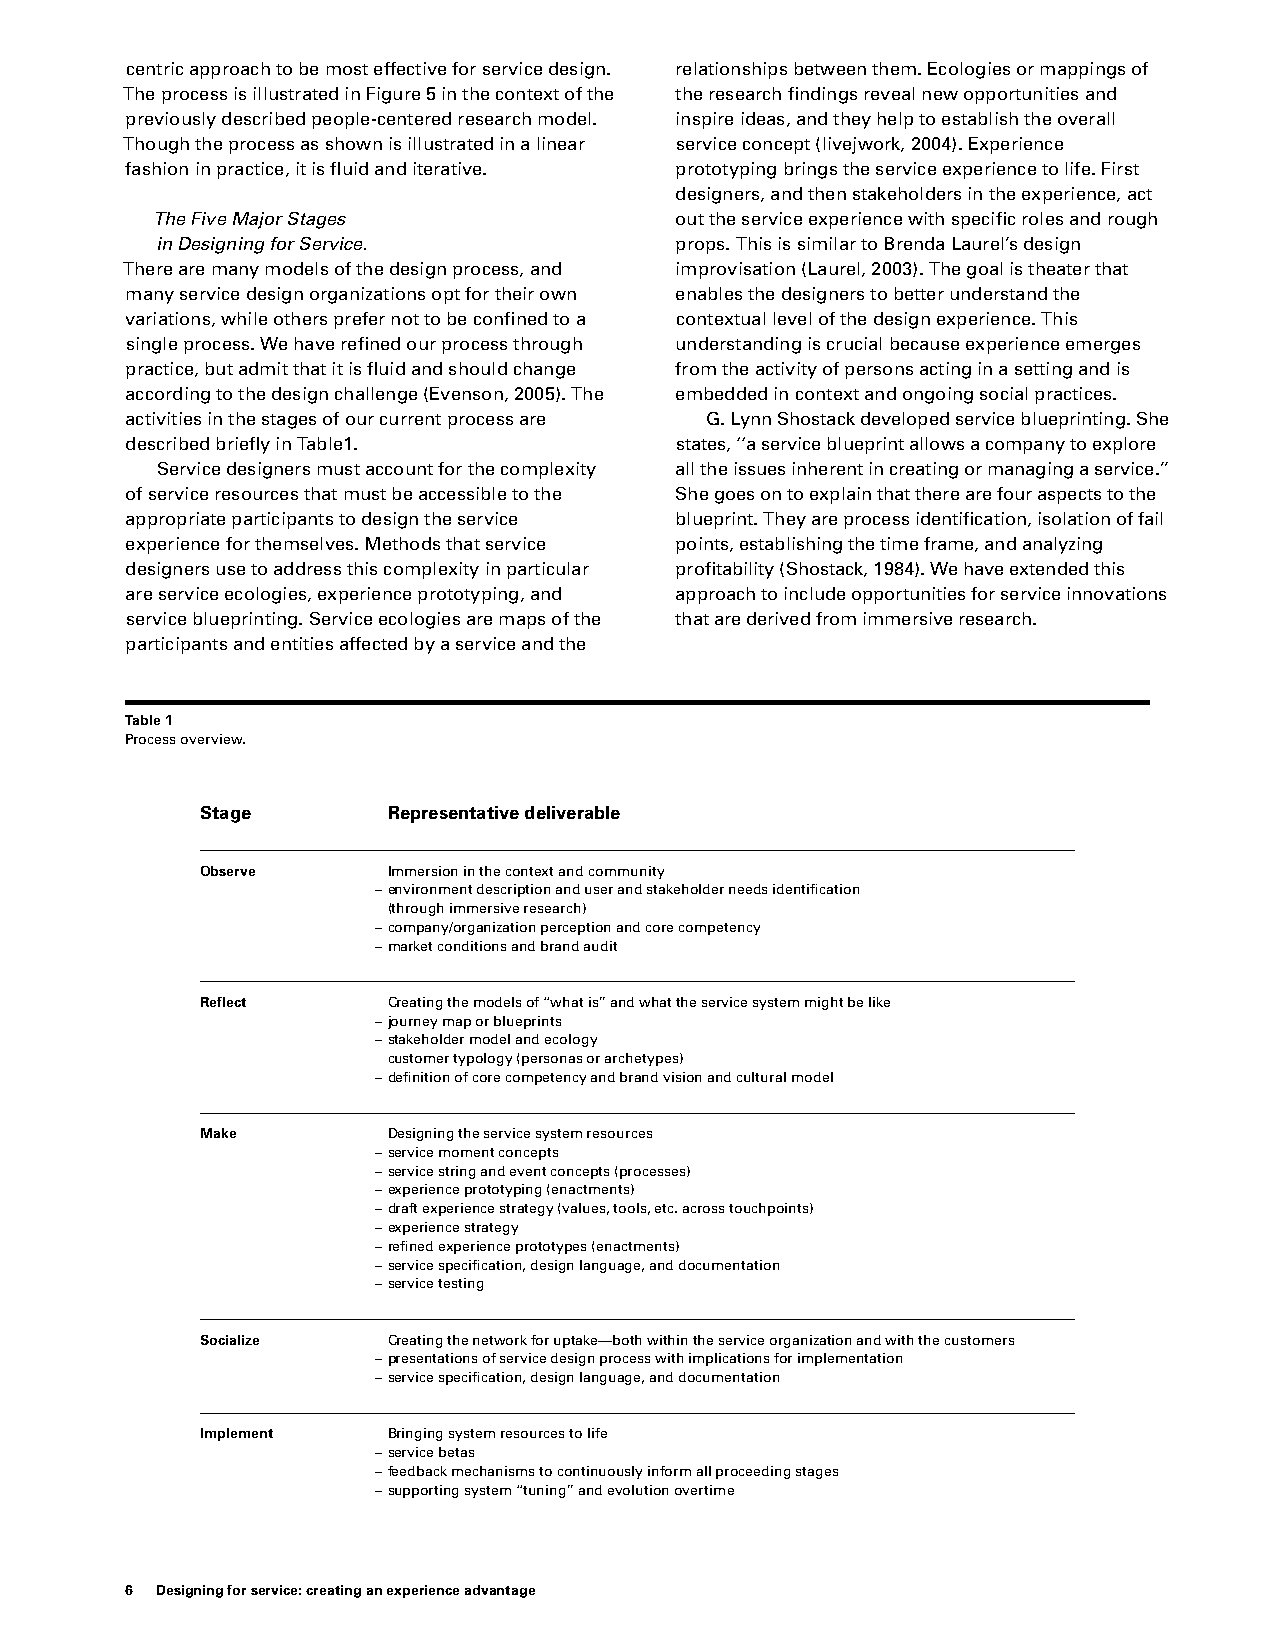
centric approach to be most effective for service design. relationships between them. Ecologies or mappings of
 The process is illustrated in Figure 5 in the context of the the research findings reveal new opportunities and
 previously described people-centered research model. inspire ideas, and they help to establish the overall
 Though the process as shown is illustrated in a linear service concept (livejwork, 2004). Experience
 fashion in practice, it is fluid and iterative. prototyping brings the service experience to life. First
 designers, and then stakeholders in the experience, act
 The Five Major Stages              out the service experience with specific roles and rough
 in Designing for Service.          props. This is similar to Brenda Laurel’s design
 There are many models of the design process, and improvisation (Laurel, 2003). The goal is theater that
 many service design organizations opt for their own enables the designers to better understand the
 variations, while others prefer not to be confined to a contextual level of the design experience. This
 single process. We have refined our process through understanding is crucial because experience emerges
 practice, but admit that it is fluid and should change from the activity of persons acting in a setting and is
 according to the design challenge (Evenson, 2005). The embedded in context and ongoing social practices.
 activities in the stages of our current process are G. Lynn Shostack developed service blueprinting. She
 described briefly in Table1.         states, ‘‘a service blueprint allows a company to explore
 Service designers must account for the complexity all the issues inherent in creating or managing a service.’’
 of service resources that must be accessible to the She goes on to explain that there are four aspects to the
 appropriate participants to design the service blueprint. They are process identification, isolation of fail
 experience for themselves. Methods that service points, establishing the time frame, and analyzing
 designers use to address this complexity in particular profitability (Shostack, 1984). We have extended this
 are service ecologies, experience prototyping, and approach to include opportunities for service innovations
 service blueprinting. Service ecologies are maps of the that are derived from immersive research.
 participants and entities affected by a service and the
 Table 1
 Process overview.
 Stage        Representative deliverable
 Observe      Immersion in the context and community
 – environment description and user and stakeholder needs identification
 (through immersive research)
 – company/organization perception and core competency
 – market conditions and brand audit
 Reflect      Creating the models of ‘‘what is’’ and what the service system might be like
 – journey map or blueprints
 – stakeholder model and ecology
 customer typology (personas or archetypes)
 – definition of core competency and brand vision and cultural model
 Make         Designing the service system resources
 – service moment concepts
 – service string and event concepts (processes)
 – experience prototyping (enactments)
 – draft experience strategy (values, tools, etc. across touchpoints)
 – experience strategy
 – refined experience prototypes (enactments)
 – service specification, design language, and documentation
 – service testing
 Socialize    Creating the network for uptake—both within the service organization and with the customers
 – presentations of service design process with implications for implementation
 – service specification, design language, and documentation
 Implement    Bringing system resources to life
 – service betas
 – feedback mechanisms to continuously inform all proceeding stages
 – supporting system ‘‘tuning’’ and evolution overtime
 6 Designing for service: creating an experience advantage